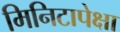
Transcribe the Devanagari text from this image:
मिनिटापेक्षा